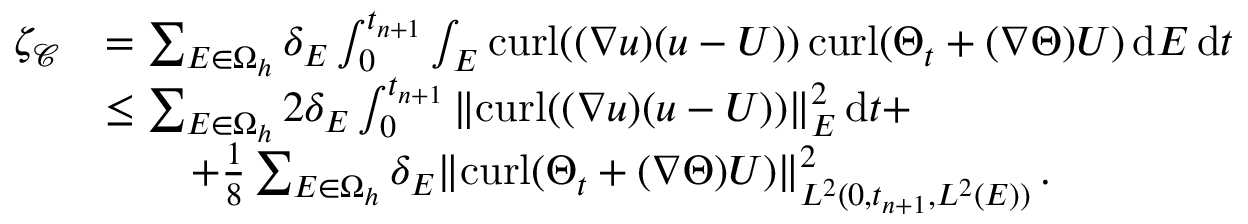
\begin{array} { r l } { \zeta _ { \mathcal { C } } } & { = \sum _ { E \in \Omega _ { h } } \delta _ { E } \int _ { 0 } ^ { t _ { n + 1 } } \int _ { E } { \mathrm { c u r l } } ( ( \boldsymbol { \nabla } \boldsymbol { u } ) ( \boldsymbol { u } - \boldsymbol { U } ) ) \, { \mathrm { c u r l } } ( \boldsymbol { \Theta } _ { t } + ( \boldsymbol { \nabla } \boldsymbol { \Theta } ) \boldsymbol { U } ) \, \mathrm { d } E \, \mathrm { d } t } \\ & { \leq \sum _ { E \in \Omega _ { h } } 2 { \delta _ { E } } \int _ { 0 } ^ { t _ { n + 1 } } \| { \mathrm { c u r l } } ( ( \boldsymbol { \nabla } \boldsymbol { u } ) ( \boldsymbol { u } - \boldsymbol { U } ) ) \| _ { E } ^ { 2 } \, \mathrm { d } t + } \\ & { \qquad + \frac { 1 } { 8 } \sum _ { E \in \Omega _ { h } } \delta _ { E } \| { \mathrm { c u r l } } ( \boldsymbol { \Theta } _ { t } + ( \boldsymbol { \nabla } \boldsymbol { \Theta } ) \boldsymbol { U } ) \| _ { L ^ { 2 } ( 0 , t _ { n + 1 } , L ^ { 2 } ( E ) ) } ^ { 2 } \, . } \end{array}